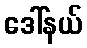
ဒေါ်နယ်